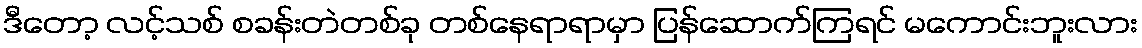
ဒီတော့ လင့်သစ် စခန်းတဲတစ်ခု တစ်နေရာရာမှာ ပြန်ဆောက်ကြရင် မကောင်းဘူးလား